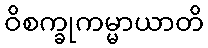
ဝိစက္ခုကမ္မာယာတိ